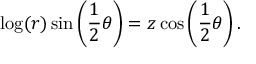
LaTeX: \log ( r ) \sin \left( { \frac { 1 } { 2 } } \theta \right) = z \cos \left( { \frac { 1 } { 2 } } \theta \right) .